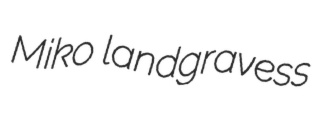
Miko landgravess